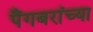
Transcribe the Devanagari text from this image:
पैंगबरांच्या